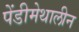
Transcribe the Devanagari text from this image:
पेंडीमेथालीन